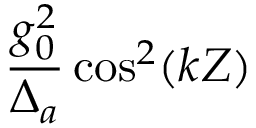
\frac { g _ { 0 } ^ { 2 } } { \Delta _ { a } } \cos ^ { 2 } ( k Z )